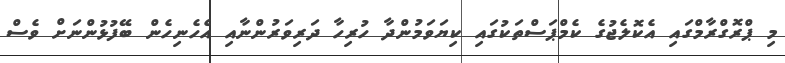
މި ޕްރޮގްރާމްގައި އެކޮލެޖުގެ ކެމްޕަސްތަކުގައި ކިޔަވަމުންދާ ހުރިހާ ދަރިވަރުންނާއި އެހެނިހެން ބޭފުޅުންނަށް ވެސް